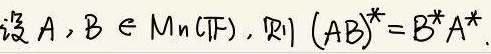
设 $A, B \in M_n(\mathbb{F})$, 则 $(AB)^* = B^*A^*$.